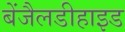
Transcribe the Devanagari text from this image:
बेंजैलडीहाइड